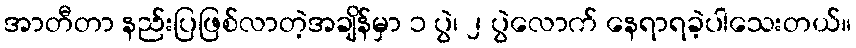
အာတီတာ နည်းပြဖြစ်လာတဲ့အချိန်မှာ ၁ ပွဲ၊ ၂ ပွဲလောက် နေရာရခဲ့ပါသေးတယ်။